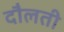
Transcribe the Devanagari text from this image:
दौलती